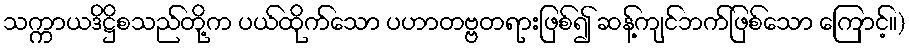
သက္ကာယဒိဋ္ဌိစသည်တို့က ပယ်ထိုက်သော ပဟာတဗ္ဗတရားဖြစ်၍ ဆန့်ကျင်ဘက်ဖြစ်သော ကြောင့်။)